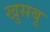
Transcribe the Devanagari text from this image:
खुसबू